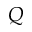
Q